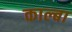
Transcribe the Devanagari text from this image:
काल्बा